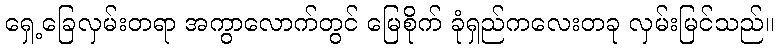
ရှေ့ခြေလှမ်းတရာ အကွာလောက်တွင် မြေစိုက် ခုံရှည်ကလေးတခု လှမ်းမြင်သည်။